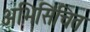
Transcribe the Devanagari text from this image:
अभिसिंचित